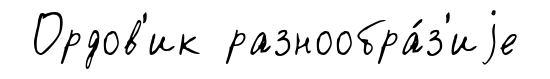
Ордов'ик разнообра́з'иjе